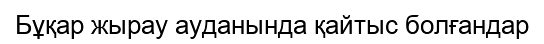
Бұқар жырау ауданында қайтыс болғандар